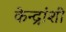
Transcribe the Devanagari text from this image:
केन्द्रांशी